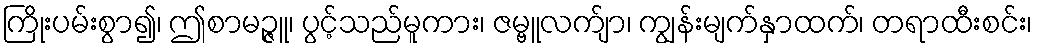
ကြိုးပမ်းစွာ၍၊ ဤစာမဉ္ဇူ၊ ပွင့်သည်မူကား၊ ဇမ္ဗူလက်ျာ၊ ကျွန်းမျက်နှာထက်၊ တရာထီးစင်း၊